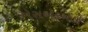
એસએફઓડી